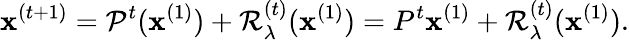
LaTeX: \mathbf{x}^{(t+1)}=\mathcal{P}^{t}(\mathbf{x}^{(1)})+\mathcal{R}_{\lambda}^{(t)}(\mathbf{x}^{(1)})=P^{t}\mathbf{x}^{(1)}+\mathcal{R}_{\lambda}^{(t)}(\mathbf{x}^{(1)}).